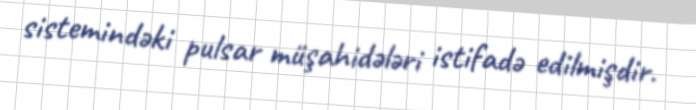
sistemindəki pulsar müşahidələri istifadə edilmişdir.